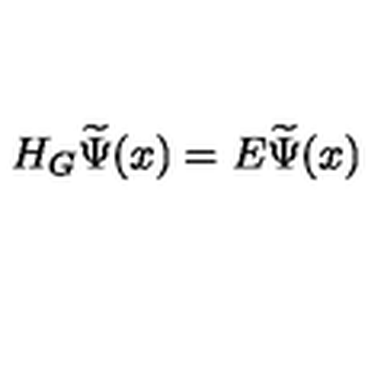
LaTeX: H _ { G } \widetilde { \Psi } ( x ) = E \widetilde { \Psi } ( x )